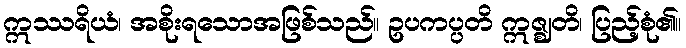
ဣဿရိယံ၊ အစိုးရသောအဖြစ်သည်။ ဥပကပ္ပတိ ဣဇ္ဈတိ၊ ပြည့်စုံ၏။